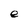
Character: e